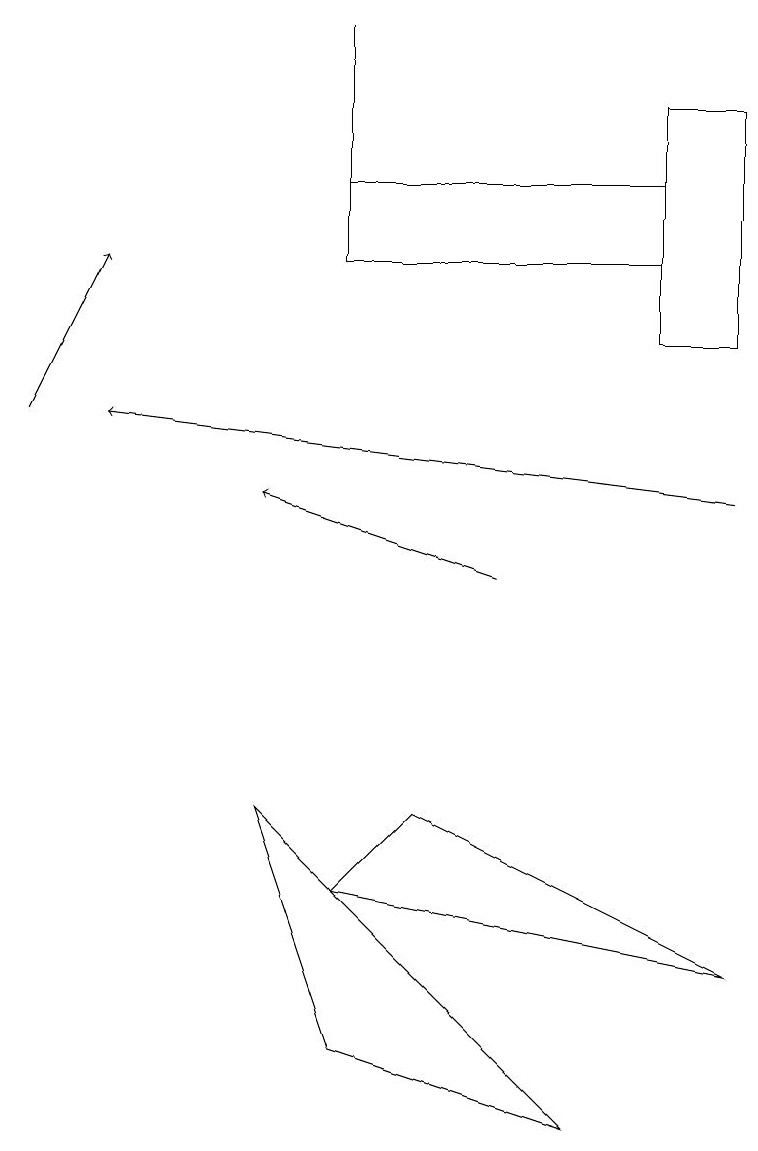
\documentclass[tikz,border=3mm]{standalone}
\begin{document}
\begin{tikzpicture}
\draw (4,14) rectangle (4,17);
\draw[->] (0,12) -- (1,14);
\draw (4,15) rectangle (8,14);
\draw (3,7) -- (7,3) -- (4,4) -- cycle;
\draw[->] (9,11) -- (1,12);
\draw (8,13) rectangle (9,16);
\draw[->] (6,10) -- (3,11);
\draw (5,7) -- (4,6) -- (9,5) -- cycle;
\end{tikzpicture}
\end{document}